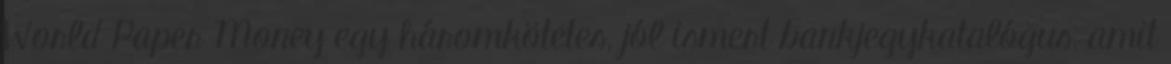
World Paper Money egy háromkötetes, jól ismert bankjegykatalógus, amit